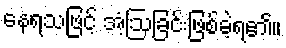
နေရသဖြင့် အံ့ဩခြင်းဖြစ်ခဲ့ရ၏။